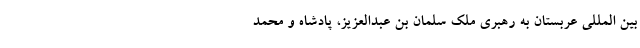
بین المللی عربستان به رهبری ملک سلمان بن عبدالعزیز، پادشاه و محمد